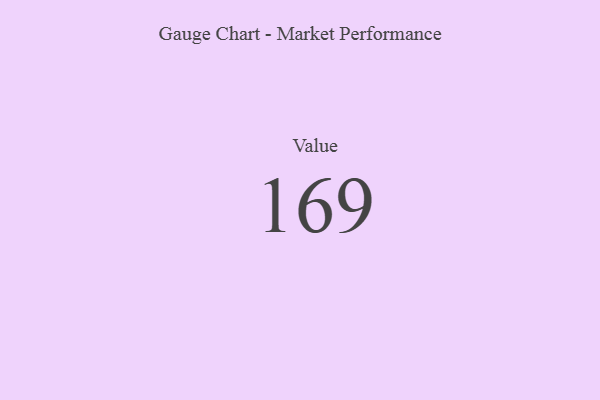
{"axis": {"x": "Metric", "y": "Value"}, "legend": [""], "data": [{"x": "Value", "y": 169, "type": ""}]}